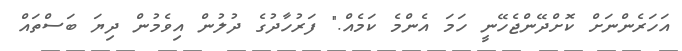
އަހަރެންނަށް ކޮށްދޭންޖެހޭނީ ހަމަ އެންމެ ކަމެއް." ފަރުހާދުގެ ދުލުން އިވެމުން ދިޔަ ބަސްތައް